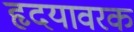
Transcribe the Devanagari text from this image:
हृदयावरक